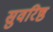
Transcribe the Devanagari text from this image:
सुवरिष्ठ